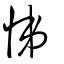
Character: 悌